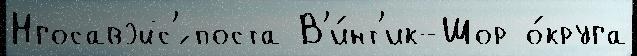
Нгосавэйс'́ поста В'и́нт'ик-Шор о́круга